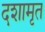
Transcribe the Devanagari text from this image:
दशामृत